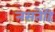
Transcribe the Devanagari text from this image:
नसतेंहि